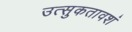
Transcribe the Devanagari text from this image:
उत्‍सुकतावशं